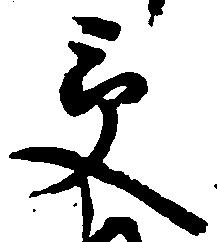
受